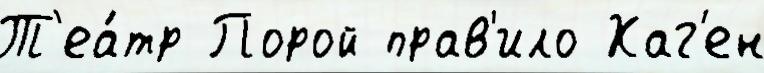
Т'еа́тр Порой прав'ило Хаг'ен